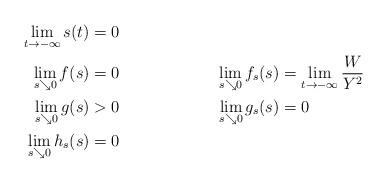
LaTeX: \begin{align*}\lim_{t \rightarrow -\infty} s(t) & = 0\\ \lim_{s \searrow 0} f(s) & = 0 &\lim_{s \searrow 0} f_s(s) & = \lim_{t \rightarrow -\infty} \frac{W}{Y^2} \\\lim_{s \searrow 0} g(s) & > 0 &\lim_{s \searrow 0} g_s(s) & = 0 \\\lim_{s \searrow 0} h_s(s) & = 0 \end{align*}